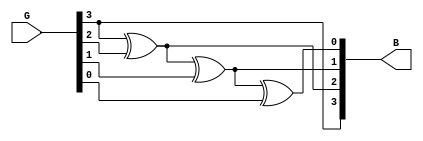
`timescale 1ns / 1ps
//////////////////////////////////////////////////////////////////////////////////
// Company: 
// Engineer: 
// 
// Design Name: 
// Module Name:    GraytoBinary 
// Project Name: 
// Target Devices: 
// Tool versions: 
// Description: 
//
// Dependencies: 
//
// Revision: 
// Revision 0.01 - File Created
// Additional Comments: 
//
//////////////////////////////////////////////////////////////////////////////////
module GraytoBinary(G,B
    );
input [3:0] G;
output [3:0] B;

assign B[3]=G[3];
assign B[2]=B[3]^G[2];
assign B[1]=B[2]^G[1];
assign B[0]=B[1]^G[0];

endmodule